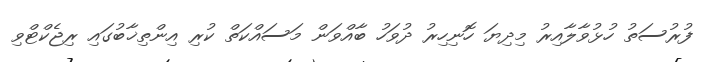
ފުރުސަތު ހުޅުވާލާއިރު މިދިޔަ ހޮނިހިރު ދުވަހު ބާއްވަން މަސައްކަތް ކުރި އިންތިޚާބުގައި ރިޖެކްޓްވި